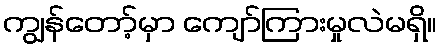
ကျွန်တော့်မှာ ကျော်ကြားမှုလဲမရှိ။